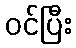
ဝင်ပြီး